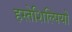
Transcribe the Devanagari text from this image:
हस्तेशिल्पियों